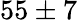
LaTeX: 55\pm 7